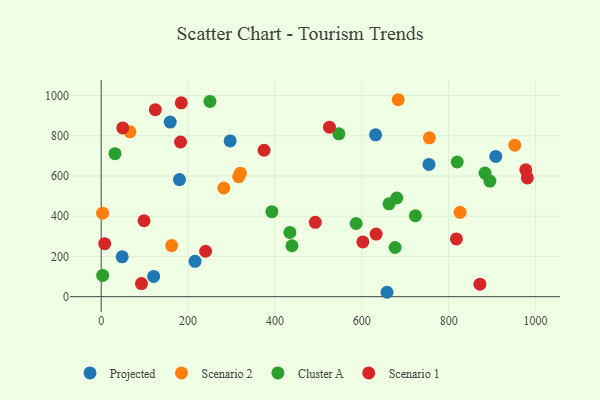
{"axis": {"x": "Ad Spend", "y": "Profit"}, "legend": ["Cluster A", "Projected", "Scenario 1", "Scenario 2"], "data": [{"x": "631.8", "y": 804.7, "type": "Projected"}, {"x": "296.9", "y": 774.5, "type": "Projected"}, {"x": "120.8", "y": 100.4, "type": "Projected"}, {"x": "180.2", "y": 582.3, "type": "Projected"}, {"x": "754.7", "y": 657.5, "type": "Projected"}, {"x": "908.6", "y": 697.1, "type": "Projected"}, {"x": "158.9", "y": 868.0, "type": "Projected"}, {"x": "48.3", "y": 198.0, "type": "Projected"}, {"x": "216.1", "y": 175.7, "type": "Projected"}, {"x": "658.1", "y": 21.8, "type": "Projected"}, {"x": "320.3", "y": 614.0, "type": "Scenario 2"}, {"x": "755.7", "y": 789.8, "type": "Scenario 2"}, {"x": "3.3", "y": 415.1, "type": "Scenario 2"}, {"x": "162.2", "y": 254.1, "type": "Scenario 2"}, {"x": "282.4", "y": 540.2, "type": "Scenario 2"}, {"x": "316.7", "y": 596.6, "type": "Scenario 2"}, {"x": "683.9", "y": 979.1, "type": "Scenario 2"}, {"x": "826.4", "y": 419.2, "type": "Scenario 2"}, {"x": "66.3", "y": 819.6, "type": "Scenario 2"}, {"x": "952.3", "y": 753.0, "type": "Scenario 2"}, {"x": "895.0", "y": 574.7, "type": "Cluster A"}, {"x": "439.2", "y": 253.2, "type": "Cluster A"}, {"x": "662.7", "y": 461.7, "type": "Cluster A"}, {"x": "819.8", "y": 669.5, "type": "Cluster A"}, {"x": "723.5", "y": 402.3, "type": "Cluster A"}, {"x": "676.8", "y": 244.4, "type": "Cluster A"}, {"x": "547.3", "y": 809.8, "type": "Cluster A"}, {"x": "250.4", "y": 970.5, "type": "Cluster A"}, {"x": "3.4", "y": 105.5, "type": "Cluster A"}, {"x": "393.0", "y": 422.4, "type": "Cluster A"}, {"x": "31.7", "y": 711.1, "type": "Cluster A"}, {"x": "587.0", "y": 363.7, "type": "Cluster A"}, {"x": "680.6", "y": 490.4, "type": "Cluster A"}, {"x": "883.7", "y": 614.3, "type": "Cluster A"}, {"x": "434.5", "y": 319.2, "type": "Cluster A"}, {"x": "525.6", "y": 842.6, "type": "Scenario 1"}, {"x": "8.1", "y": 263.6, "type": "Scenario 1"}, {"x": "633.1", "y": 311.0, "type": "Scenario 1"}, {"x": "375.0", "y": 727.9, "type": "Scenario 1"}, {"x": "981.3", "y": 590.4, "type": "Scenario 1"}, {"x": "124.6", "y": 929.4, "type": "Scenario 1"}, {"x": "493.0", "y": 369.5, "type": "Scenario 1"}, {"x": "184.4", "y": 963.8, "type": "Scenario 1"}, {"x": "182.7", "y": 768.9, "type": "Scenario 1"}, {"x": "817.9", "y": 287.1, "type": "Scenario 1"}, {"x": "49.6", "y": 838.9, "type": "Scenario 1"}, {"x": "602.4", "y": 272.3, "type": "Scenario 1"}, {"x": "872.0", "y": 62.0, "type": "Scenario 1"}, {"x": "98.7", "y": 377.3, "type": "Scenario 1"}, {"x": "240.4", "y": 225.7, "type": "Scenario 1"}, {"x": "92.7", "y": 65.3, "type": "Scenario 1"}, {"x": "977.6", "y": 630.6, "type": "Scenario 1"}]}